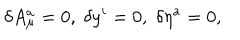
LaTeX: \delta A _ { \mu } ^ { a } = 0 , \; \delta y ^ { i } = 0 , \; \delta \eta ^ { a } = 0 ,